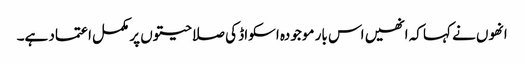
انھوں نے کہا کہ انھیں اس بار موجودہ اسکواڈ کی صلاحیتوں پر مکمل اعتماد ہے۔